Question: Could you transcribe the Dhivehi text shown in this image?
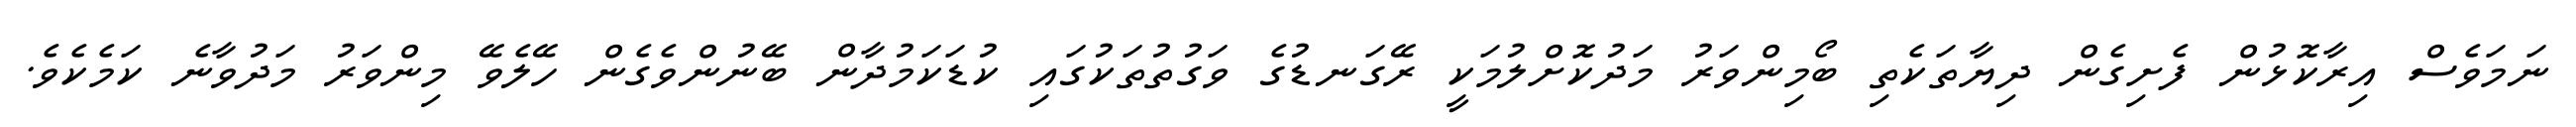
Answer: ނަމަވެސް އިރާކޮޅުން ފެށިގެން ދިޔާތަކެތި ބޯމިންވަރު މަދުކޮށްލުމަކީ ރޭގަނޑުގެ ވަގުތުތަކުގައި ކުޑަކަމުދާން ބޭނުންވެގެން ހޭލެވޭ މިންވަރު މަދުވާނެ ކަމެކެވެ.